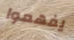
يفهموا